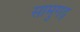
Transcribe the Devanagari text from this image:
सामुगढ़